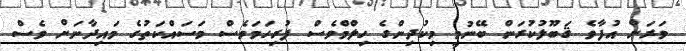
ވަރަށް އުފާވެ ޤަބޫލުކުރަން ބޭނުމީ މިކުދިންގެ ހިލްމްވެސް ފުރިހަމަވެސް މަސައްކަތުގެ މައިދާނަށް ވެސް